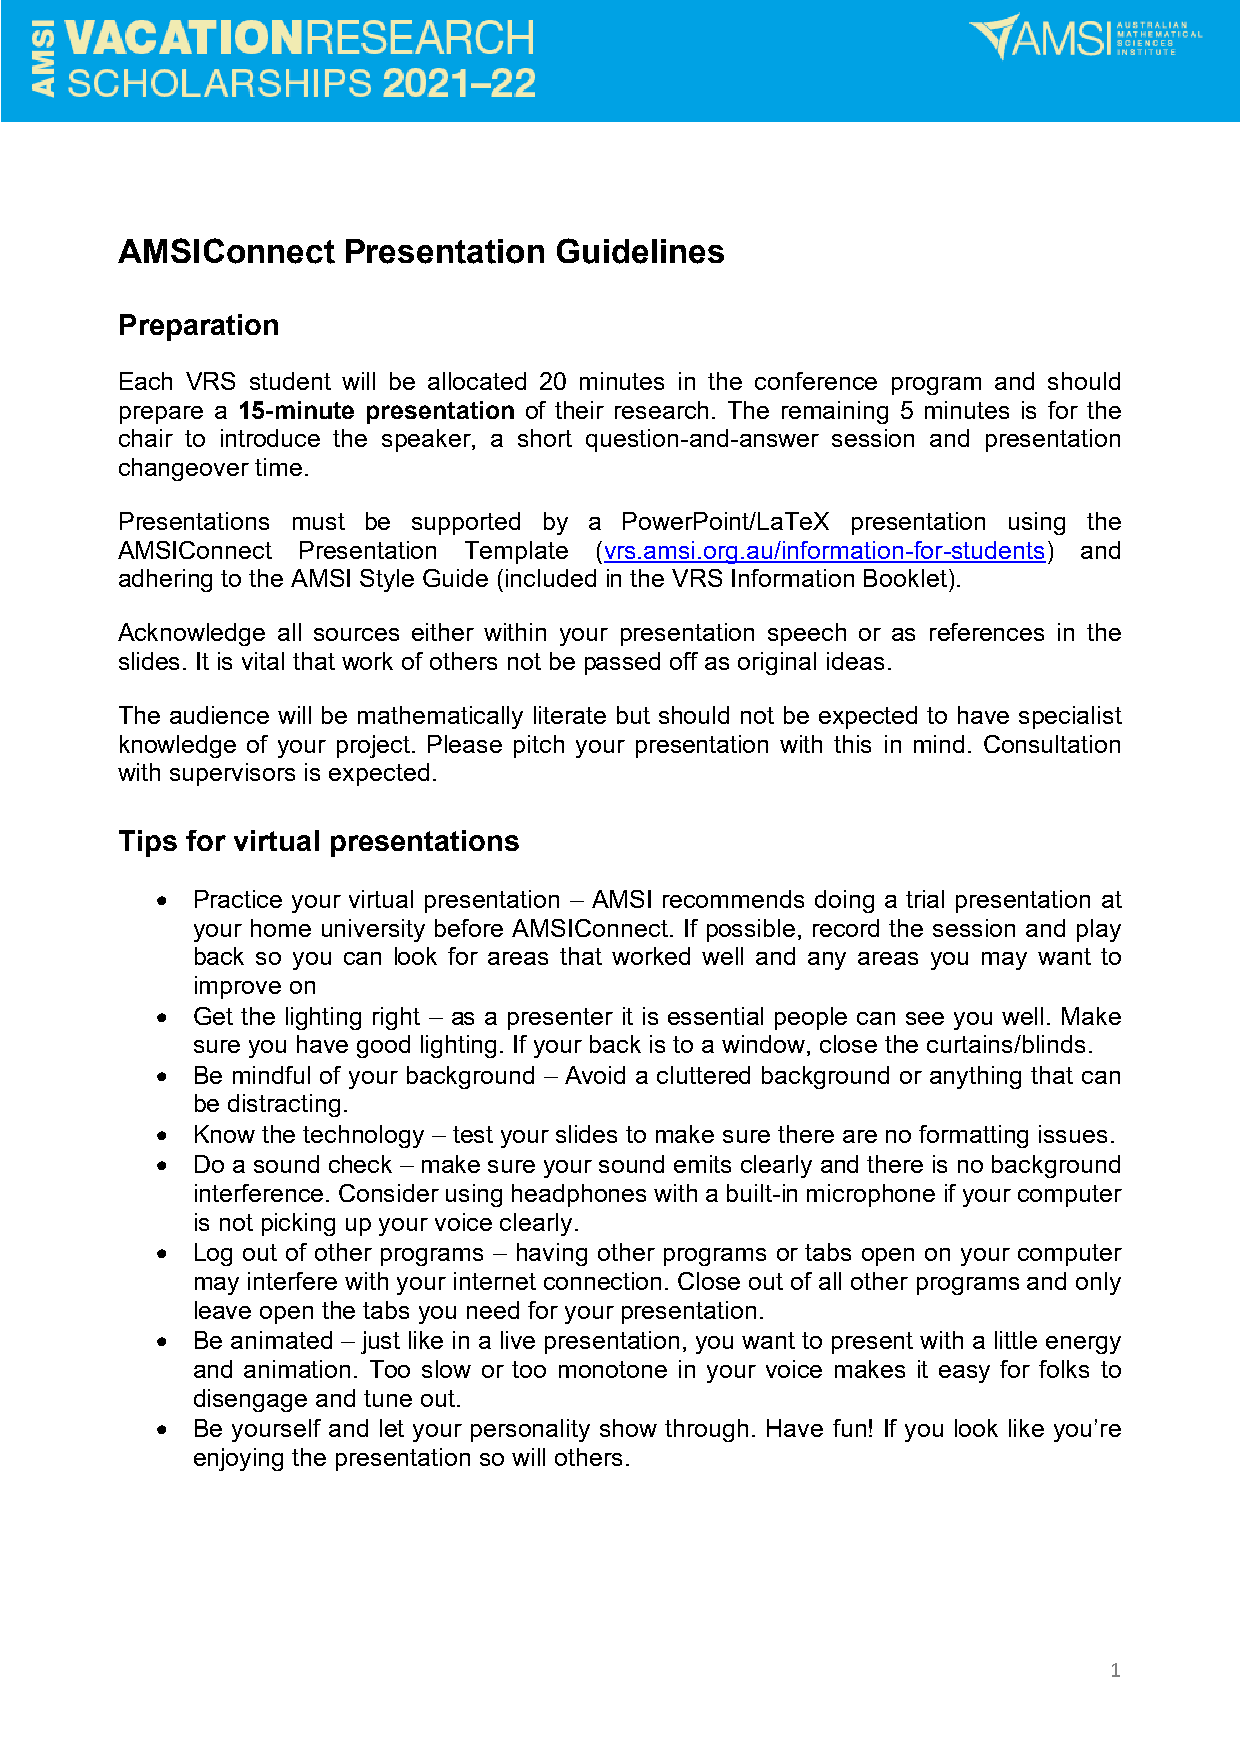
AMSIConnect    Presentation  Guidelines
 Preparation
 Each VRS student will be allocated 20 minutes in the conference program and should
 prepare a 15-minute presentation of their research. The remaining 5 minutes is for the
 chair to introduce the speaker, a short question-and-answer session and presentation
 changeover time.
 Presentations must be supported by a PowerPoint/LaTeX presentation using the
 AMSIConnect Presentation Template (vrs.amsi.org.au/information-for-students) and
 adhering to the AMSI Style Guide (included in the VRS Information Booklet).
 Acknowledge all sources either within your presentation speech or as references in the
 slides. It is vital that work of others not be passed off as original ideas.
 The audience will be mathematically literate but should not be expected to have specialist
 knowledge of your project. Please pitch your presentation with this in mind. Consultation
 with supervisors is expected.
 Tips for virtual presentations
 •  Practice your virtual presentation – AMSI recommends doing a trial presentation at
 your home university before AMSIConnect. If possible, record the session and play
 back so you can look for areas that worked well and any areas you may want to
 improve on
 •  Get the lighting right – as a presenter it is essential people can see you well. Make
 sure you have good lighting. If your back is to a window, close the curtains/blinds.
 •  Be mindful of your background – Avoid a cluttered background or anything that can
 be distracting.
 •  Know the technology – test your slides to make sure there are no formatting issues.
 •  Do a sound check – make sure your sound emits clearly and there is no background
 interference. Consider using headphones with a built-in microphone if your computer
 is not picking up your voice clearly.
 •  Log out of other programs – having other programs or tabs open on your computer
 may interfere with your internet connection. Close out of all other programs and only
 leave open the tabs you need for your presentation.
 •  Be animated – just like in a live presentation, you want to present with a little energy
 and animation. Too slow or too monotone in your voice makes it easy for folks to
 disengage and tune out.
 •  Be yourself and let your personality show through. Have fun! If you look like you’re
 enjoying the presentation so will others.
 1